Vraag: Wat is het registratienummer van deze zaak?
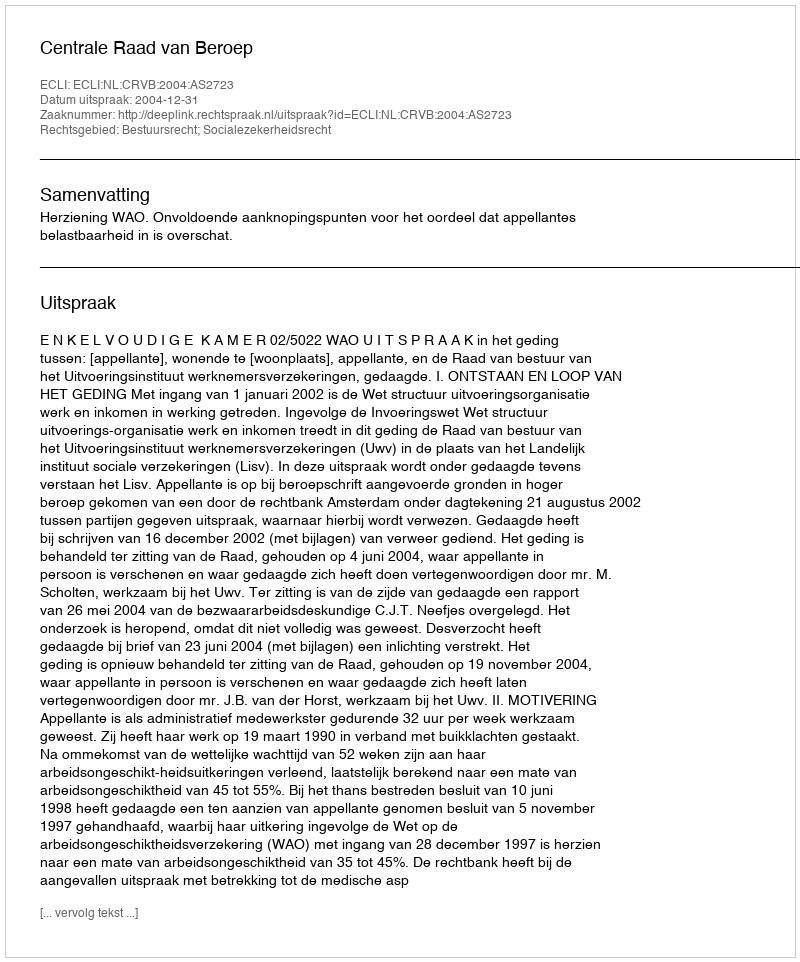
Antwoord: http://deeplink.rechtspraak.nl/uitspraak?id=ECLI:NL:CRVB:2004:AS2723